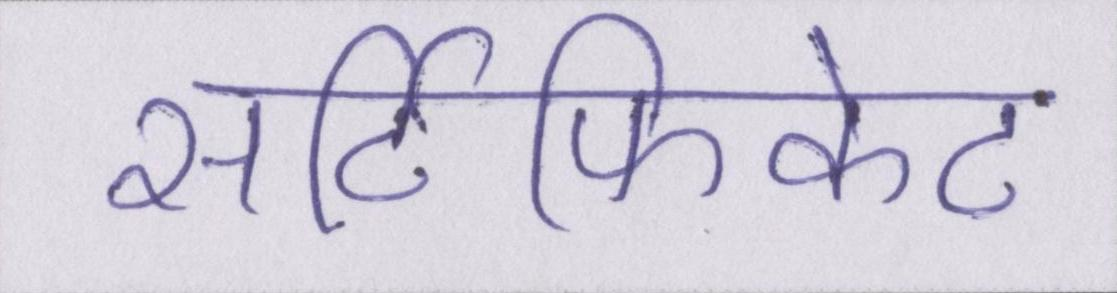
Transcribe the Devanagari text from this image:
सर्टिफिकेट